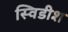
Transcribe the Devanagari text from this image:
स्विडीश